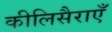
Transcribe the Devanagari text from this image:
कीलिसैराएँ